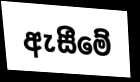
ඇසීමේ